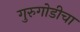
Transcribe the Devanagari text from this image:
गुरुगोडीचा